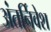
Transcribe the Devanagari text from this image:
अंतर्निवेश